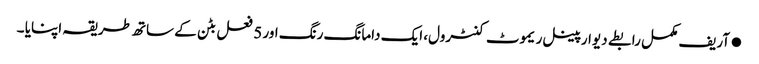
●آریف مکمل رابطے دیوار پینل ریموٹ کنٹرول، ایک دامانگ رنگ اور 5 فعل بٹن کے ساتھ طریقہ اپنایا ۔